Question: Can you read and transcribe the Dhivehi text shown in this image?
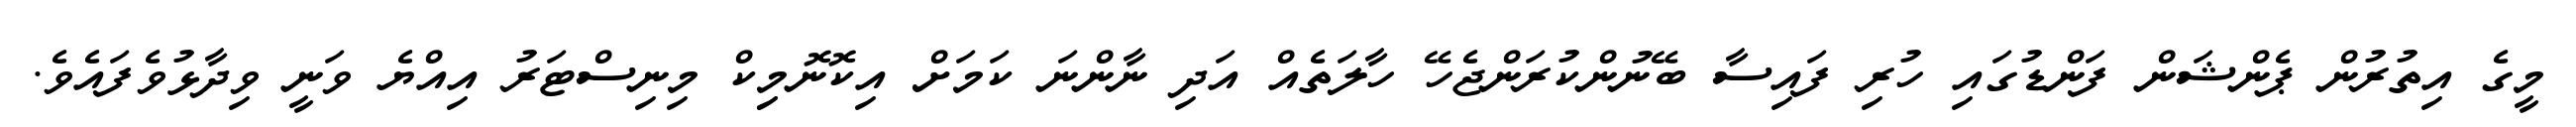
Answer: މީގެ އިތުރުން ޕެންޝަން ފަންޑުގައި ހުރި ފައިސާ ބޭނުންކުރަންޖެހޭ ހާލަތެއް އަދި ނާންނަ ކަމަށް އިކޮނޮމިިކް މިނިސްޓަރު އިއްޔެ ވަނީ ވިދާޅުވެފައެވެ.